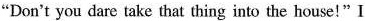
"Don't you dare take that thing into the house!"I